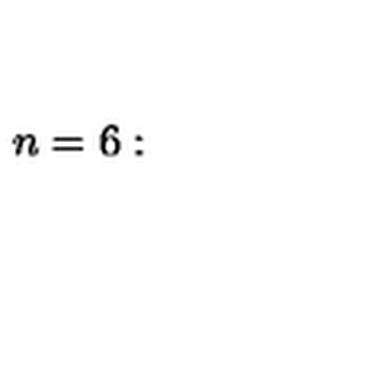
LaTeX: n = 6 : \quad